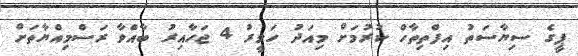
ޕީގެ ސިޔާސަތު އިފްތިތާހް ކުރުމަށް މިއަދު ހަވީރު 4 ޖަހާއިރު ބާއްވާ ރަސްމިއްޔާތަށް